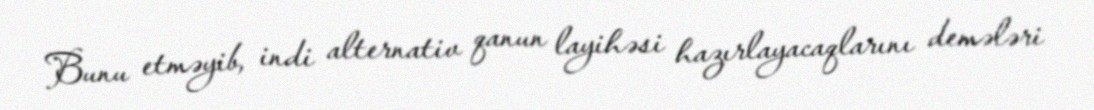
Bunu etməyib, indi alternativ qanun layihəsi hazırlayacaqlarını demələri